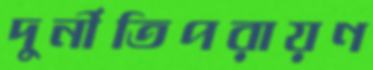
দুর্নীতিপরায়ণ